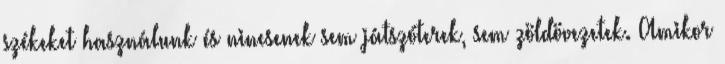
székeket használunk és nincsenek sem játszóterek, sem zöldövezetek. Amikor